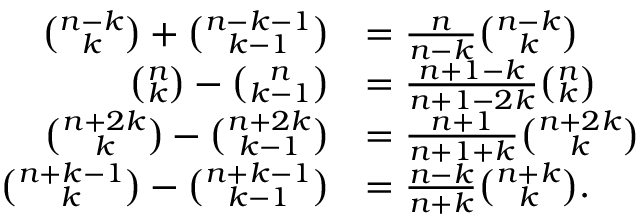
{ \begin{array} { r l } { { \binom { n - k } { k } } + { \binom { n - k - 1 } { k - 1 } } } & { = { \frac { n } { n - k } } { \binom { n - k } { k } } } \\ { { \binom { n } { k } } - { \binom { n } { k - 1 } } } & { = { \frac { n + 1 - k } { n + 1 - 2 k } } { \binom { n } { k } } } \\ { { \binom { n + 2 k } { k } } - { \binom { n + 2 k } { k - 1 } } } & { = { \frac { n + 1 } { n + 1 + k } } { \binom { n + 2 k } { k } } } \\ { { \binom { n + k - 1 } { k } } - { \binom { n + k - 1 } { k - 1 } } } & { = { \frac { n - k } { n + k } } { \binom { n + k } { k } } . } \end{array} }